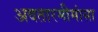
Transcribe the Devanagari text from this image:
अवतारमीमांसा